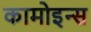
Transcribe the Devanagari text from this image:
कामोइन्स